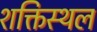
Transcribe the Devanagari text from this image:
शक्तिस्थल